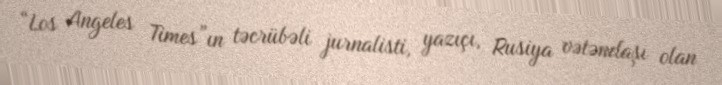
“Los Angeles Times”ın təcrübəli jurnalisti, yazıçı, Rusiya vətəndaşı olan